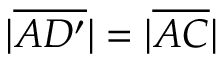
| { \overline { { A D ^ { \prime } } } } | = | { \overline { { A C } } } |